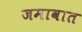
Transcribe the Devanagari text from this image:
जमावात